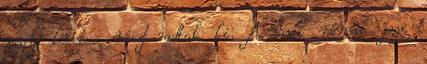
négy kötetes részt adtak ki. A mai római jogi